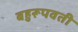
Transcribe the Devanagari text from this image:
बहुरूपवती